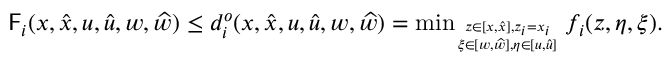
\begin{array} { r } { \mathsf { F } _ { i } ( x , \widehat { x } , u , \widehat { u } , w , \widehat { w } ) \le d _ { i } ^ { o } ( x , \widehat { x } , u , \widehat { u } , w , \widehat { w } ) = \operatorname* { m i n } _ { z \in [ x , \widehat { x } ] , z _ { i } = x _ { i } \atop \xi \in [ w , \widehat { w } ] , \eta \in [ u , \widehat { u } ] } f _ { i } ( z , \eta , \xi ) . } \end{array}